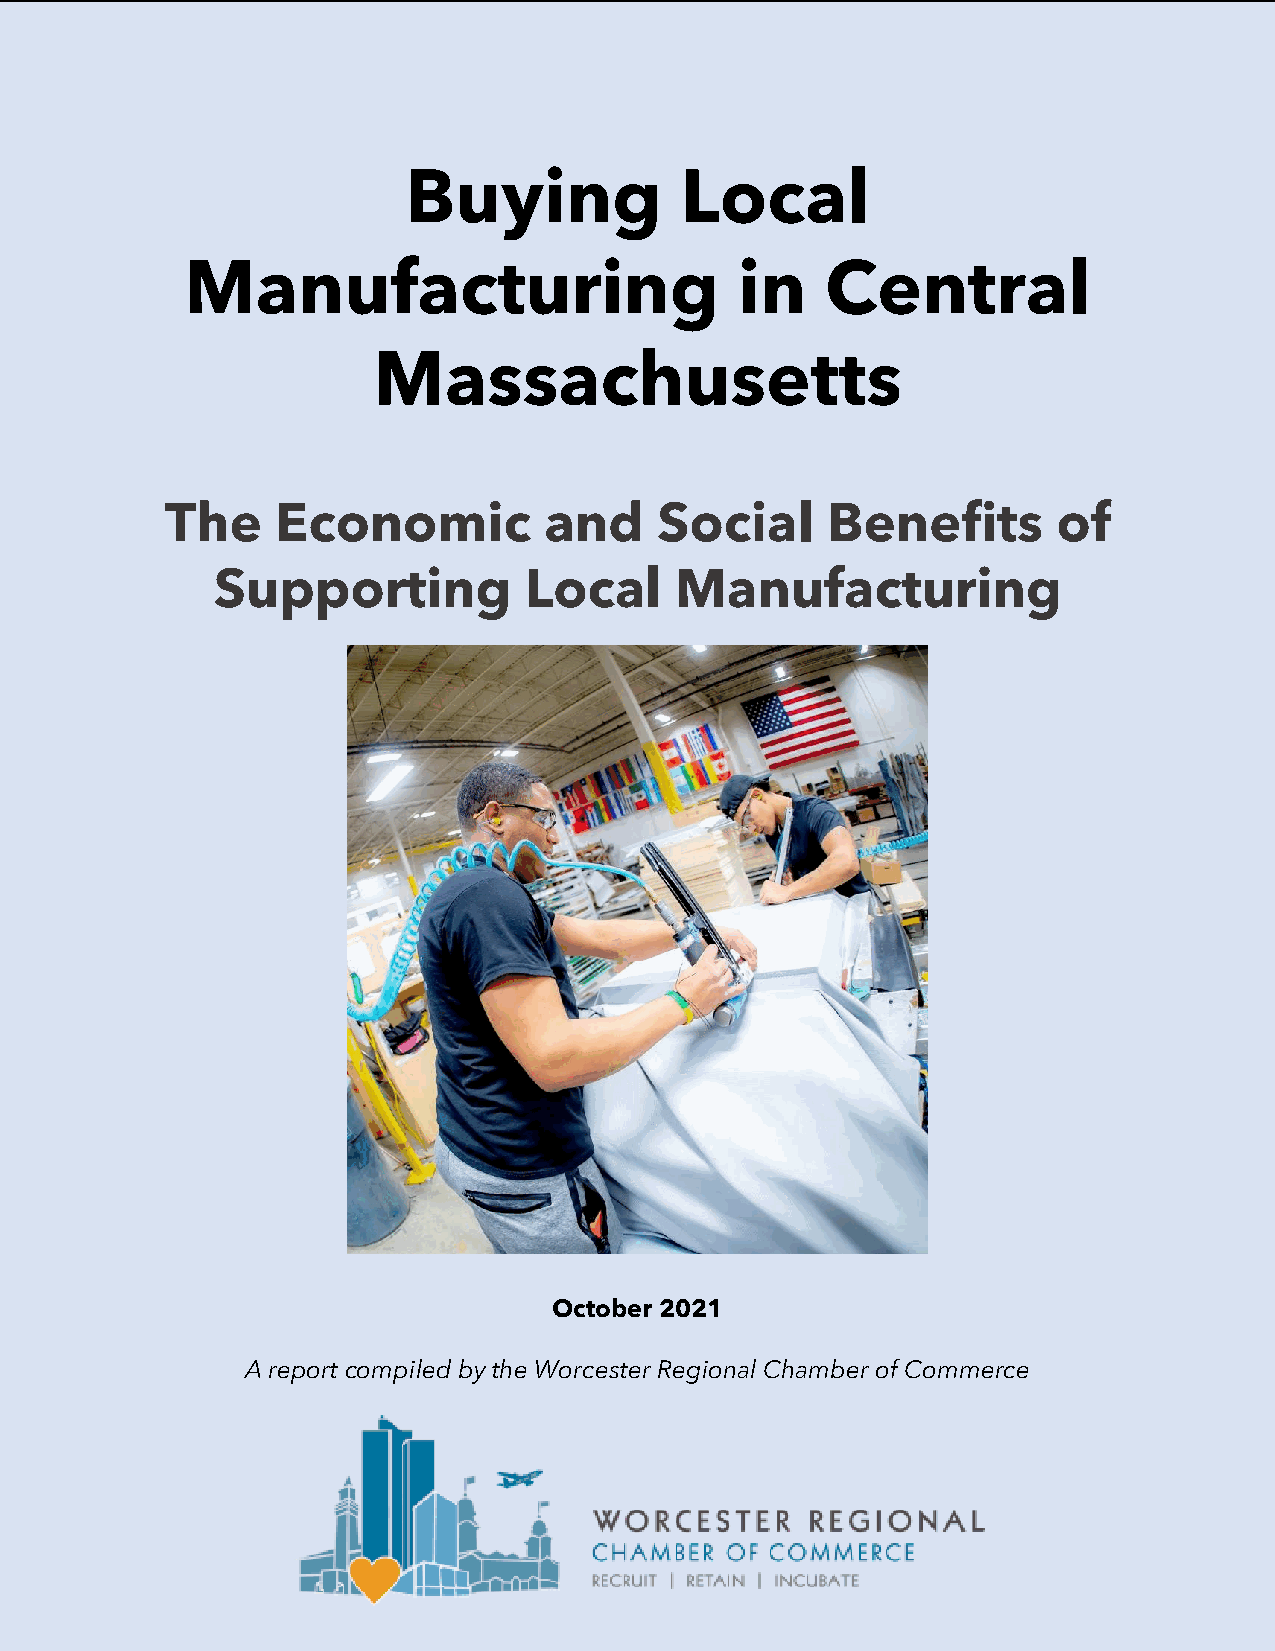
Buying            Local
 Manufacturing                        in    Central
 Massachusetts
 The    Economic          and     Social     Benefits       of
 Supporting           Local     Manufacturing
 October 2021
 A report compiled by the Worcester Regional Chamber of Commerce